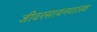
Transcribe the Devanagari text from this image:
जीवरसायनशास्त्र